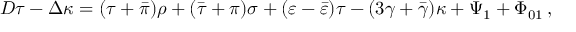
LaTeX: D \tau - \Delta \kappa = ( \tau + { \bar { \pi } } ) \rho + ( { \bar { \tau } } + \pi ) \sigma + ( \varepsilon - { \bar { \varepsilon } } ) \tau - ( 3 \gamma + { \bar { \gamma } } ) \kappa + \Psi _ { 1 } + \Phi _ { 0 1 } \, ,